Senior Leaving Certificate Examination (including Day School Certificate (Higher) General paper), 1946
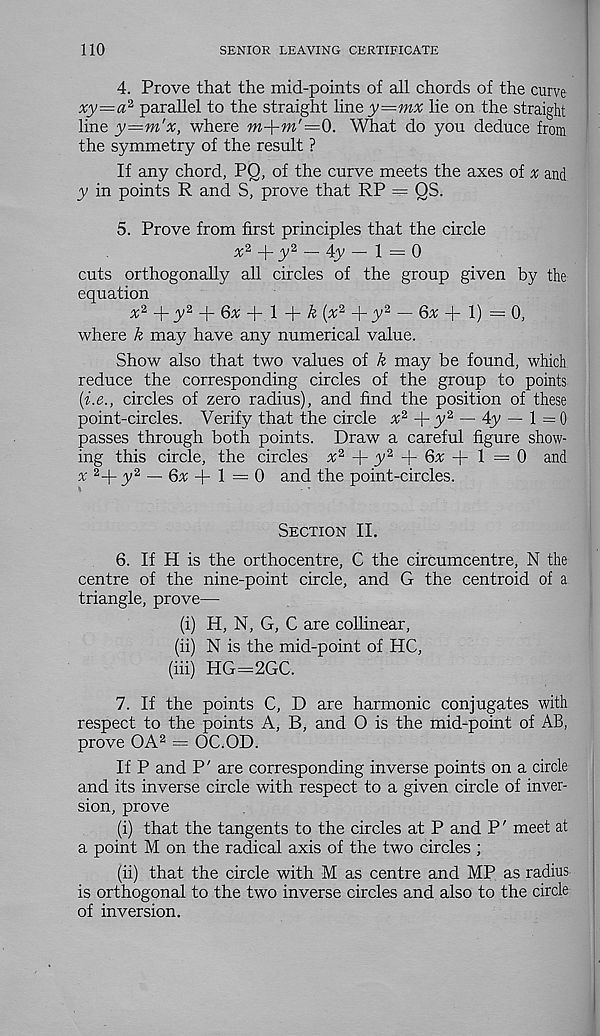
110
SENIOR LEAVING CERTIFICATE
4. Prove that the mid-points of all chords of the curve
xy^a 1 parallel to the straight line y=mx lie on the straight
line y=m'x, where
What do you deduce from
the symmetry of the result ?
If any chord, PQ, of the curve meets the axes of % and
y in points R and S, prove that RP — QS.
5. Prove from first principles that the circle
x 2
y 2 — 4y — 1 — 0
cuts orthogonally all circles of the group given by the
equation + .y 2 + 63; + i + ^ (* 2 + tv 2 —
+ i) = o,
where k may have any numerical value.
Show also that two values of k may be found, which
reduce the corresponding circles of the group to points
(i.e., circles of zero radius), and find the position of these
point-circles. Verify that the circle x 2 +y 2 — 4y — 1=0
passes through both points. Draw a careful figure show-
ing this circle, the circles x 2 + y 2 + 6x + 1 = 0 and
x 2 | _y 2
^jx [ 1 = 0 and the point-circles.
Section II.
6. If H is the orthocentre, C the circumcentre, N the
centre of the nine-point circle, and G the centroid of a
triangle, prove—
(i) H, N, G, C are collinear,
(ii) N is the mid-point of HC,
(iii) HG=2GC.
7. If the points C, D are harmonic conjugates with
respect to the points A, B, and O is the mid-point of AB,
prove OA 2 — OC.OD.
If P and P' are corresponding inverse points on a circle
and its inverse circle with respect to a given circle of inver-
sion, prove
(i) that the tangents to the circles at P and P' meet at
a point M on the radical axis of the two circles ;
(ii) that the circle with M as centre and MP as radius
is orthogonal to the two inverse circles and also to the circle
of inversion.